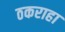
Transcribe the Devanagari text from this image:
ठकराहा